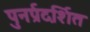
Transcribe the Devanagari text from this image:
पुनर्प्रदर्शित